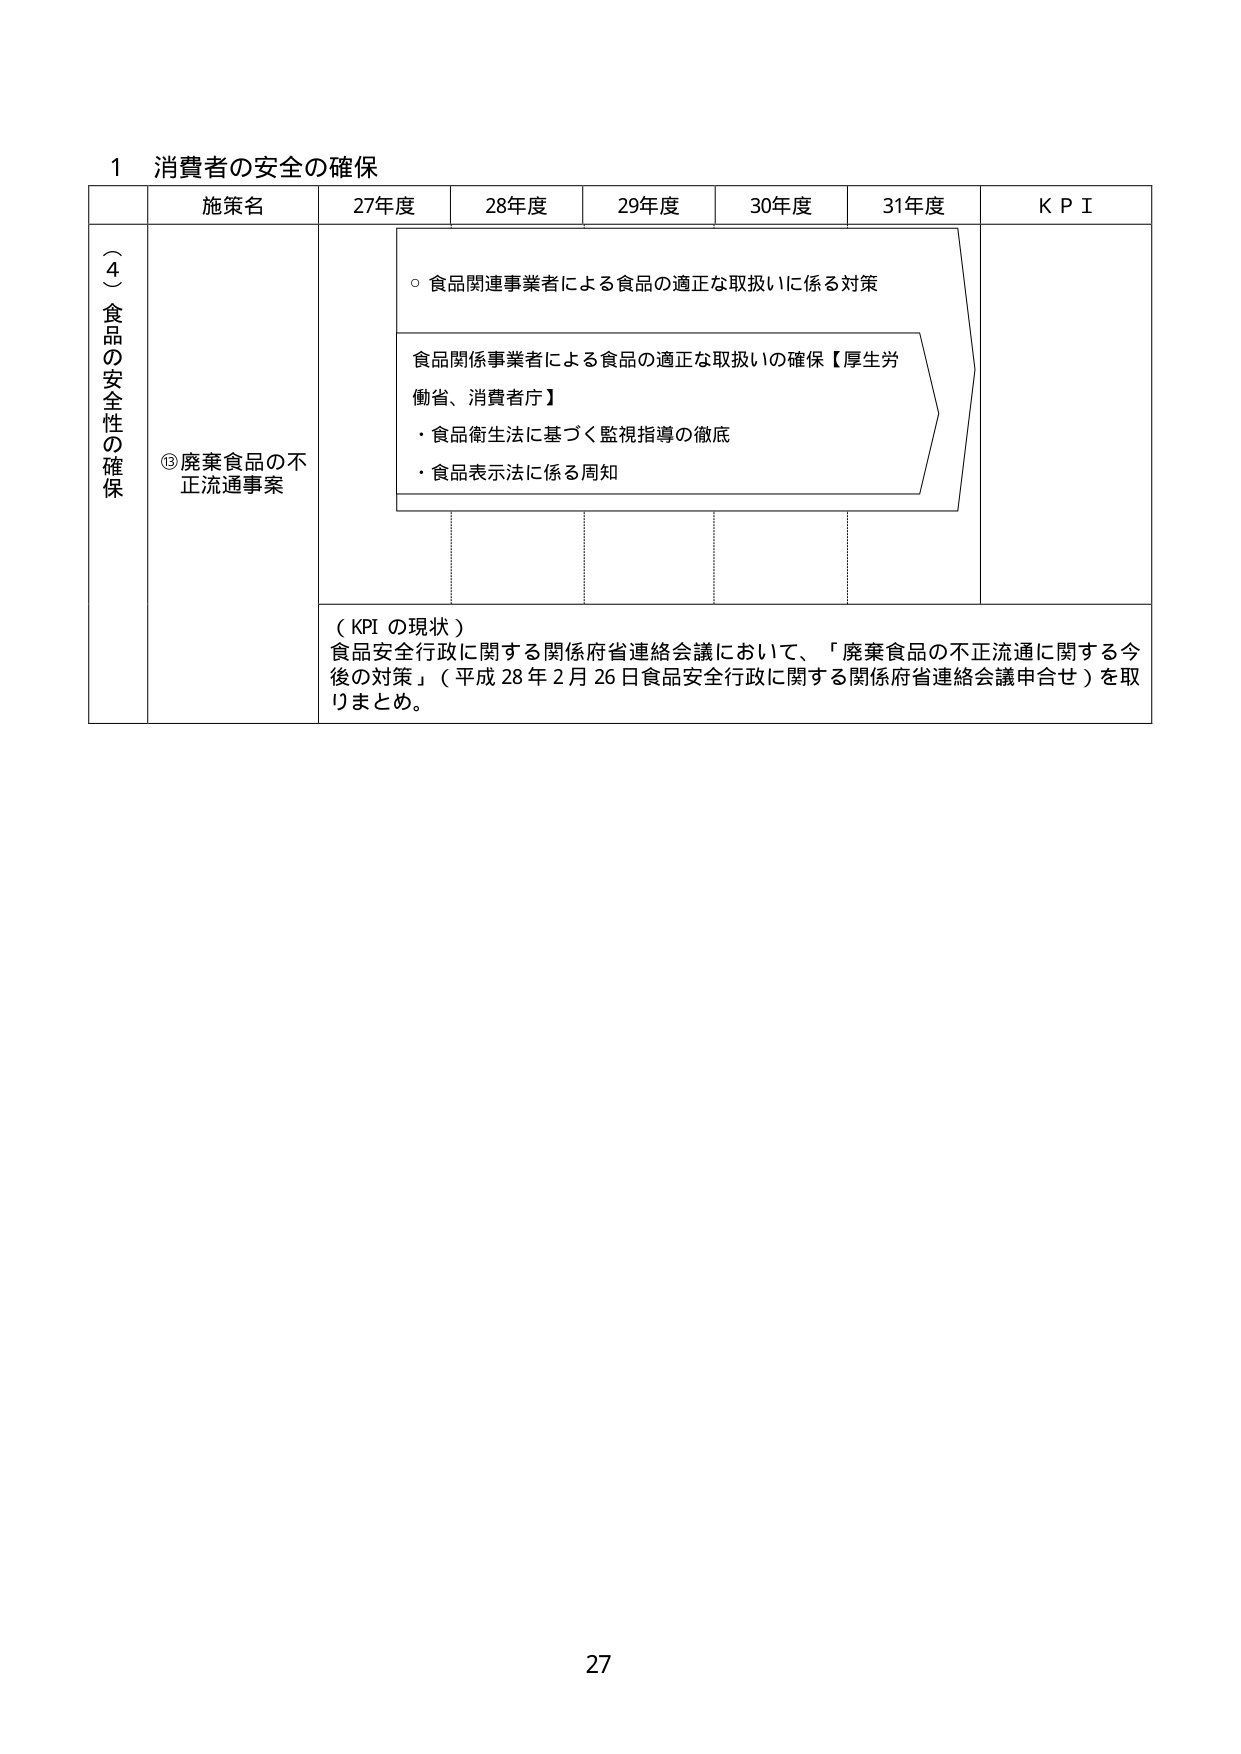
1 消費者の安全の確保
施策名 27年度 28年度 29年度 30年度 31年度 K P I
（４）食品の安全性の確保
⑬廃棄食品の不正流通事案
○ 食品関連事業者による食品の適正な取扱いに係る対策
食品関係事業者による食品の適正な取扱いの確保【厚生労働省、消費者庁】
・食品衛生法に基づく監視指導の徹底
・食品表示法に係る周知
（KPI の現状）
食品安全行政に関する関係府省連絡会議において、「廃棄食品の不正流通に関する今後の対策」（平成28年2月26日食品安全行政に関する関係府省連絡会議申合せ）を取りまとめ。
27